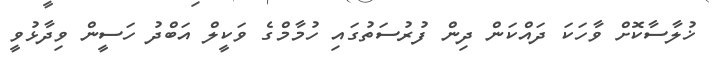
ޚުލާސާކޮށް ވާހަކަ ދައްކަން ދިން ފުރުސަތުގައި ހުމާމްގެ ވަކީލް އަބްދު ހަސީން ވިދާޅުވީ